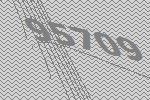
95709